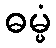
ဓမ္မံ